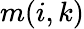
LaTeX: m(i,k)